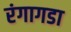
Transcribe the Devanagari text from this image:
रंगागडा